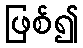
ဖြစ်၍